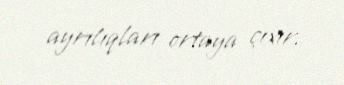
ayrılıqları ortaya çıxır.